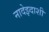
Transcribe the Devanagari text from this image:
नादेझ्दाशी